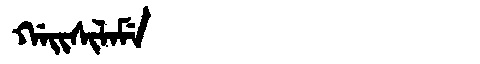
Manchu: ᡤᠠᡳᠰᡳᠯᠠᠮᡝ
Romanization: GAISILAME